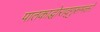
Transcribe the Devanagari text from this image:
पातकाद्घोराद्गुरूभक्तो